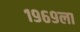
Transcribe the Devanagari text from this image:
१९६९ला